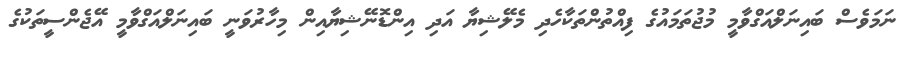
ނަމަވެސް ބައިނަލްއަގްވާމީ މުޖުތަމައުގެ ފިއްތުންތަކާހެދި މެލޭޝިޔާ އަދި އިންޑޮނޭޝިޔާއިން މިހާރުވަނީ ބައިނަލްއަގްވާމީ އޭޖެންސީތަކުގެ